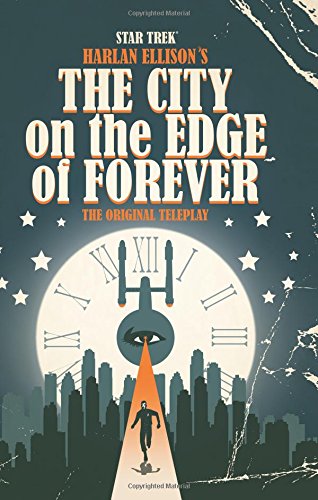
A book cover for Star Trek: The City on the Edge of Forever; Harlan Ellison; Humor & Entertainment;